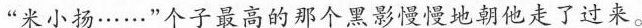
“米小扬……"个子最高的那个黑影慢慢地朝他走了过来